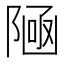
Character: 𱀩